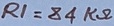
Text: R1=84KΩ